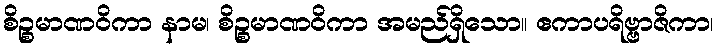
စိဉ္စမာဏဝိကာ နာမ၊ စိဉ္စမာဏဝိကာ အမည်ရှိသော။ ဧကာပရိဗ္ဗာဇိကာ၊